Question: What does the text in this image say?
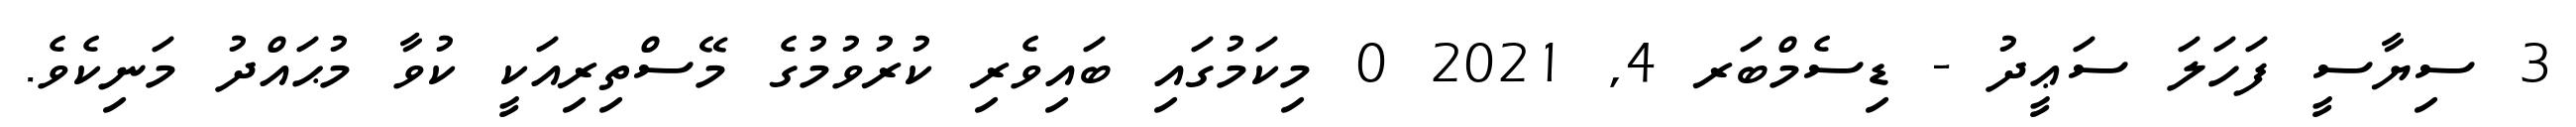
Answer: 3 ސިޔާސީ ފަހަލަ ސަޢީދު - ޑިސެމްބަރ 4, 2021 0 މިކަމުގައި ބައިވެރި ކުރުވުމުގެ މޭސްތިރިއަކީ ކުވާ މުޙައްދު މަނިކެވެ.